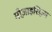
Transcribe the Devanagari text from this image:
मोज़ाइसिज़्म